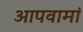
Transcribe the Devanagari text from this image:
आपवामां